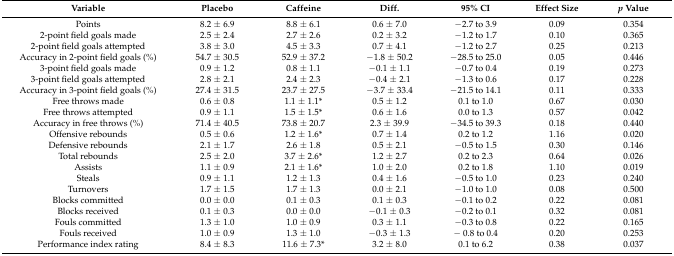
<table><thead><tr><td><b>Variable</b></td><td><b>Placebo</b></td><td><b>Caffeine</b></td><td><b>Diff.</b></td><td><b>95% CI</b></td><td><b>Effect Size</b></td><td><b><i>p</i> Value</b></td></tr></thead><tbody><tr><td>Points</td><td>8.2 ± 6.9</td><td>8.8 ± 6.1</td><td>0.6 ± 7.0</td><td>−2.7 to 3.9</td><td>0.09</td><td>0.354</td></tr><tr><td>2-point field goals made</td><td>2.5 ± 2.4</td><td>2.7 ± 2.6</td><td>0.2 ± 3.2 </td><td>−1.2 to 1.7</td><td>0.10</td><td>0.365</td></tr><tr><td>2-point field goals attempted</td><td>3.8 ± 3.0</td><td>4.5 ± 3.3</td><td>0.7 ± 4.1</td><td>−1.2 to 2.7</td><td>0.25</td><td>0.213</td></tr><tr><td>Accuracy in 2-point field goals (%)</td><td>54.7 ± 30.5</td><td>52.9 ± 37.2</td><td>−1.8 ± 50.2</td><td>−28.5 to 25.0</td><td>0.05</td><td>0.446</td></tr><tr><td>3-point field goals made</td><td>0.9 ± 1.2</td><td>0.8 ± 1.1</td><td>−0.1 ± 1.1</td><td>−0.7 to 0.4</td><td>0.19</td><td>0.273</td></tr><tr><td>3-point field goals attempted</td><td>2.8 ± 2.1</td><td>2.4 ± 2.3</td><td>−0.4 ± 2.1</td><td>−1.3 to 0.6</td><td>0.17</td><td>0.228</td></tr><tr><td>Accuracy in 3-point field goals (%)</td><td>27.4 ± 31.5</td><td>23.7 ± 27.5</td><td>−3.7 ± 33.4</td><td>−21.5 to 14.1</td><td>0.11</td><td>0.333</td></tr><tr><td>Free throws made</td><td>0.6 ± 0.8</td><td>1.1 ± 1.1*</td><td>0.5 ± 1.2</td><td>0.1 to 1.0</td><td>0.67</td><td>0.030</td></tr><tr><td>Free throws attempted</td><td>0.9 ± 1.1</td><td>1.5 ± 1.5*</td><td>0.6 ± 1.6</td><td>0.0 to 1.3</td><td>0.57</td><td>0.042</td></tr><tr><td>Accuracy in free throws (%)</td><td>71.4 ± 40.5</td><td>73.8 ± 20.7</td><td>2.3 ± 39.9</td><td>−34.5 to 39.3</td><td>0.18</td><td>0.440</td></tr><tr><td>Offensive rebounds</td><td>0.5 ± 0.6</td><td>1.2 ± 1.6*</td><td>0.7 ± 1.4</td><td>0.2 to 1.2 </td><td>1.16</td><td>0.020</td></tr><tr><td>Defensive rebounds</td><td>2.1 ± 1.7</td><td>2.6 ± 1.8</td><td>0.5 ± 2.1</td><td>−0.5 to 1.5</td><td>0.30</td><td>0.146</td></tr><tr><td>Total rebounds</td><td>2.5 ± 2.0</td><td>3.7 ± 2.6*</td><td>1.2 ± 2.7</td><td>0.2 to 2.3</td><td>0.64</td><td>0.026</td></tr><tr><td>Assists</td><td>1.1 ± 0.9</td><td>2.1 ± 1.6*</td><td>1.0 ± 2.0</td><td>0.2 to 1.8</td><td>1.10</td><td>0.019</td></tr><tr><td>Steals</td><td>0.9 ± 1.1</td><td>1.2 ± 1.3</td><td>0.4 ± 1.6</td><td>−0.5 to 1.0</td><td>0.23</td><td>0.240</td></tr><tr><td>Turnovers</td><td>1.7 ± 1.5</td><td>1.7 ± 1.3</td><td>0.0 ± 2.1</td><td>−1.0 to 1.0</td><td>0.08</td><td>0.500</td></tr><tr><td>Blocks committed</td><td>0.0 ± 0.0</td><td>0.1 ± 0.3</td><td>0.1 ± 0.3</td><td>−0.1 to 0.2</td><td>0.22</td><td>0.081</td></tr><tr><td>Blocks received</td><td>0.1 ± 0.3</td><td>0.0 ± 0.0</td><td>−0.1 ± 0.3</td><td>−0.2 to 0.1</td><td>0.32</td><td>0.081</td></tr><tr><td>Fouls committed</td><td>1.3 ± 1.0</td><td>1.0 ± 0.9</td><td>0.3 ± 1.1</td><td>−0.3 to 0.8</td><td>0.22</td><td>0.165</td></tr><tr><td>Fouls received </td><td>1.0 ± 0.9</td><td>1.3 ± 1.0</td><td>−0.3 ± 1.3</td><td>− 0.8 to 0.4</td><td>0.20</td><td>0.253</td></tr><tr><td>Performance index rating</td><td>8.4 ± 8.3</td><td>11.6 ± 7.3*</td><td>3.2 ± 8.0</td><td>0.1 to 6.2</td><td>0.38</td><td>0.037</td></tr></tbody></table>